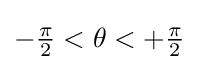
{\textstyle -{\frac {\pi }{2}}<\theta <+{\frac {\pi }{2}}}